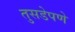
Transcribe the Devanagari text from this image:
तुसडेपणे